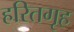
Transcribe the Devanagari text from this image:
हरितगृह